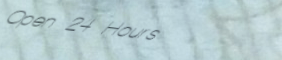
Open 24 Hours